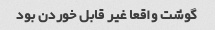
گوشت واقعا غیر قابل خوردن بود